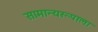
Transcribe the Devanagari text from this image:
सामान्यरूपाला